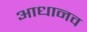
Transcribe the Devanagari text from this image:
आधानव